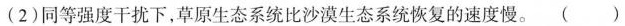
(2)同等强度干扰下，草原生态系统比沙漠生态系统恢复的速度慢。()